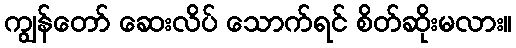
ကျွန်တော် ဆေးလိပ် သောက်ရင် စိတ်ဆိုးမလား။